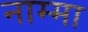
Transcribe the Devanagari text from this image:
नाम्मा